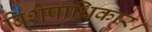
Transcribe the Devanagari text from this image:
विशेषाधिकार।